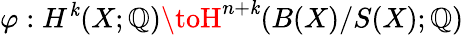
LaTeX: \varphi:H^{\mathit{k}}(X;\mathbb{{Q}})\toH^{n+\mathit{k}}(B(X)/S(X);\mathbb{{Q}})